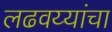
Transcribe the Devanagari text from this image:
लढवय्यांचा